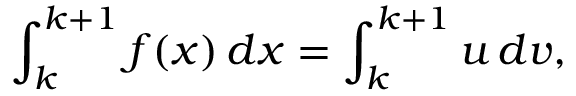
\int _ { k } ^ { k + 1 } f ( x ) \, d x = \int _ { k } ^ { k + 1 } u \, d v ,